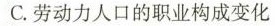
C.劳动力人口的职业构成变化